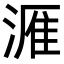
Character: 𪶫